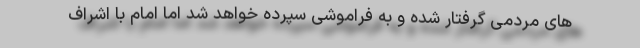
های مردمی گرفتار شده و به فراموشی سپرده خواهد شد اما امام با اشراف